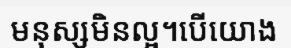
មនុស្សមិនល្អ។បើយោង